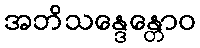
အဘိသန္ဒေန္တောဝ